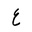
Letter: _ayn